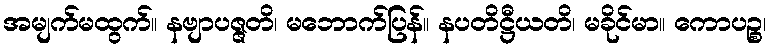
အမျက်မထွက်။ နဗျာပဇ္ဇတိ၊ မဘောက်ပြန်။ နပတိဋ္ဌီယတိ၊ မခိုင်မာ။ ကောပဉ္စ၊